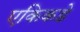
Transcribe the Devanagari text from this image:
एकिकडे